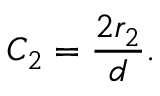
C _ { 2 } = \frac { 2 r _ { 2 } } { d } .